Lunatic asylums Burma 1907-21 - 1907-1921
Year: 1907
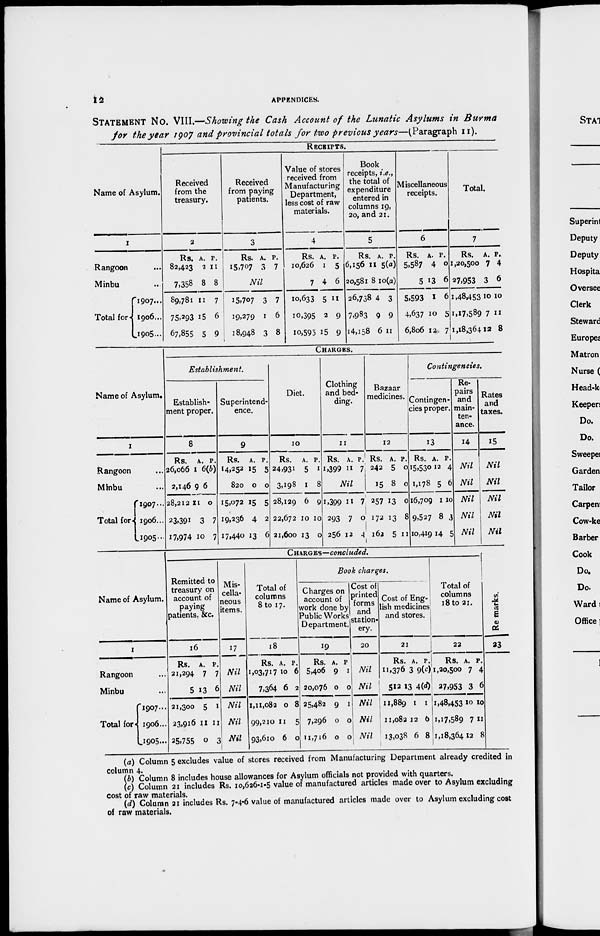
12
APPENDICES.
STATEMENT No. VIII.—Showing the Cash Account of the Lunatic Asylums in
Burma
for the year 1907 and provincial totals for two previous years—(Paragraph
II).
Name of Asylum.
1
Rangoon ...
Minbu ...
Total for
1907 ...
1906 ...
1905 ...
RECEIPTS.
Received
from the
treasury.
2
Rs.
82,423
7,358
89,781
75,293
67,855
A.
2
8
11
15
5
P.
11
8
7
6
9
Received
from paying
patients.
3
Rs.
15,707
A.
6
P.
7
Nil
15,707
19,279
18,948
3
1
3
7
6
8
Value of stores
received from
Manufacturing
Department,
less cost of raw
materials.
4
Rs.
10,626
7
10,633
10,395
10,595
A.
1
4
5
2
15
P.
5
6
11
9
9
Book
receipts, i.e.,
the total of
expenditure
entered in
columns 19,
20, and 21.
5
Rs.
6,156
20,581
26,738
7,983
14,158
A.
11
8
4
9
6
P.
5(a)
10(a)
3
9
11
Miscellaneous
receipts.
6
Rs.
5,587
5
5,593
4,637
6,806
A.
4
13
1
10
12
P.
0
6
6
5
7
Total.
7
Rs.
1,20,500
27,953
1,48,453
1,17,589
1,18,364
A.
7
3
10
7
12
P.
4
6
10
11
8
Name of Asylum.
1
Rangoon ...
Minbu ...
Total for
1907...
1906...
1905...
CHARGES.
Establishment.
Establish-
ment proper.
8
Rs.
26,066
2,146
28,212
23,391
17,974
A.
1
9
11
3
10
P.
6(b)
6
0
7
7
Superintend-
ence.
9
Rs.
14,252
820
15,072
19,236
17,440
A.
15
0
15
4
13
P.
5
0
5
2
6
Diet.
10
Rs.
24,931
3,198
28,129
22,672
21,600
A.
5
1
6
10
13
P.
1
8
9
10
0
Clothing
and bed-
ding.
11
Rs.
1,399
A.
11
P.
7
Nil
1,399
293
256
11
7
12
7
0
4
Bazaar
medicines.
12
Rs.
242
15
257
172
162
A.
5
8
13
13
5
P.
0
0
0
8
11
Contingencies.
Contingen-
cies proper.
13
Rs.
15,530
1,178
16,705
9,527
10,419
A.
12
5
1
8
14
P.
4
6
10
3
5
Re-
pairs
and
main-
ten-
ance.
14
Nil
Nil
Nil
Nil
Nil
Rates
and
taxes.
15
Nil
Nil
Nil
Nil
Nil
Name of Asylum.
1
Rangoon ...
Minbu ...
Total for
1907...
1906...
1905...
CHARGES—concluded.
Remitted to
treasury on
account of
paying
patients, &c.
16
Rs.
21,294
5
21,300
23,916
25,755
A.
7
13
5
11
0
P.
7
6
1
11
3
Mis-
cella-
neous
items.
17
Nil
Nil
Nil
Nil
Nil
Total of
columns
8 to 17.
18
Rs.
1,03,717
7,364
1,11,082
99,210
93,610
A.
10
6
0
11
6
P.
6
2
8
5
0
Book charges.
Charges on
account of
work done by
Public Works
Department.
19
Rs.
5,406
20,076
25,482
7,296
11,716
A.
9
0
9
0
0
P.
1
0
1
0
0
Cost of
printed
forms
and
station-
ery.
20
Nil
Nil
Nil
Nil
Nil
Cost of Eng-
lish medicines
and stores.
21
Rs.
11,376
512
11,889
11,082
13,038
A.
3
13
1
12
6
P.
9(c)
4(d)
1
6
8
Total of
columns
18 to 21.
22
Rs.
1,20,500
27,953
1,48,453
1,17,589
1,18,364
A.
7
3
10
7
12
P.
4
6
10
11
8
Remarks.
23
(a) Column 5 excludes value of stores received from Manufacturing Department already credited in
column 4.
(b) Column 8 includes house allowances for Asylum officials not provided with quarters.
(c) Column 21 includes Rs. 10,626-1-5 value of manufactured articles made over to Asylum excluding
cost of raw materials.
(d) Column 21 includes Rs. 7-4-6 value of manufactured articles made over to Asylum excluding cost
of raw materials.